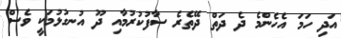
އަދި ހަމަ އެހެންމެ ދެ ދަތް ދޭތެރެ ސާފުކުރުމާއި ދޫ އުނގުޅުމަކީ ވެސް